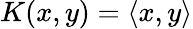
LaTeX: K(x,y)=\langle x,y\rangle